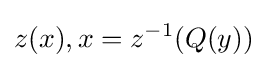
z(x),x=z^{-1}(Q(y))